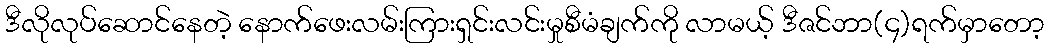
ဒီလိုလုပ်ဆောင်နေတဲ့ နောက်ဖေးလမ်းကြားရှင်းလင်းမှုစီမံချက်ကို လာမယ့် ဒီဇင်ဘာ(၄)ရက်မှာတော့